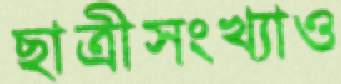
ছাত্রীসংখ্যাও